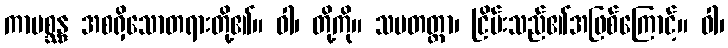
ကာမစ္ဆန္ဒ အစရှိသောတရားတို့၏။ ဝါ၊ တို့ကို။ သမတတ္တာ၊ ငြိမ်းသည်၏အဖြစ်ကြောင့်။ ဝါ၊